Scottish Leaving Certificate Examination, 1954
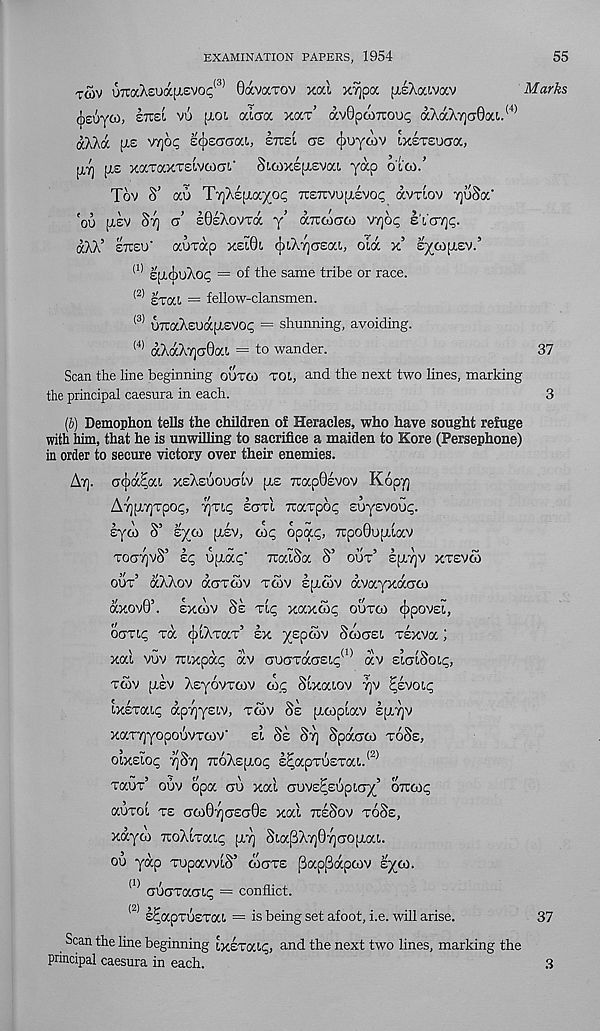
EXAMINATION PAPERS, 1954
55
toiv U7TaA£udc(Tevoc: (:i; ' Oavarov xal xrjpa [xsAaivav
Marks
(j^uyto, stcsi vu [toi aloa xaT’ avOpcoicoop aXaXY]cr0ai. (4)
aXAa pis VTjop e^suaai, sirst ae cjiuyoiv cxereuCTa,
[Ti] [re xirraxTEivcoa-!.' SicoxsjTEvat. yap ol'co.’
Tov S’ ao Tij^Epiayop tcexvujxsvoc avriov yuSa'
'oo [tev Sy a’ IOeXovtoc y’ airwcjco vyo<; s'c’cryp.
aXX’ etceu' aurap xelOl c[)LAya£ai, oidc x’ EycopiEV.’
<1> Epi^uXop = of the same tribe or race.
<2> EToa = fellow-clansmen.
(3) UTCaXEUapiEVOp = shunning, avoiding.
<4) aXaXycrOa!. = to wander.
37
Scan the line beginning ootoi TOC, and the next two lines, marking
the principal caesura in each.
3
[b] Demophon tells the children of Heracles, who have sought refuge
with him, that he is unwilling to sacrifice a maiden to Kore (Persephone)
in order to secure victory over their enemies.
Ay. cijxx^oa xeasoouctlv pis 7tap0£vov Kopy
AyptyTpop, yrcp ectti icaTpop suyEvoot;.
syw S’ syto pisv, cop opqcp, icpoBopiiav
ToayvS’ sp U[iac' icaiSa S’ out’ spcyv xtevco
out’ a/.Aov aoroov tcov spccov avayxacico
OCXOV0’. EXCOV Se Tip xaXCOp OUTCO (jjpOVEl,
ooTip Ta (JiiXTaT 5 ex yspcov Soxjei Tsxva;
xai vuv irixpap av auciTacjEip
av siaiooip,
tcov pisv XsyovTCOV cop Sixatov yv Eevoip
ixsTaip apyysiv, tcov Se picopiav spiyv
xaryyopouvTcoV si Se Sy Spacrco toSe,
oixsiop ySy iroAspiop E^apT6£Tcci. (2)
TauT’ ouv opa ou xai auvE^supiay’ oircop
auTOi te CTCO0yCT£a0£ xai tceSov toSe,
xayco icoAiTaip piy Sia(3Xy0yaopiai.
ou yap TupavviS’ oigte fiappapcov syo).
(1> oSoTaaip = conflict.
(2) s^apTUETai = is being set afoot, i.e. will arise.
37
Scan the line beginning ixETaip, and the next two lines, marking the
principal caesura in each.
3